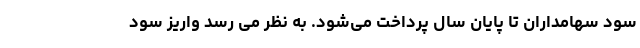
سود سهامداران تا پایان سال پرداخت می‌شود. به نظر می رسد واریز سود